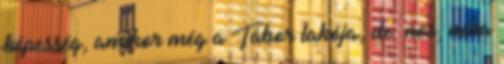
képesség, amikor még a Tábor lakója, de. nos, néha